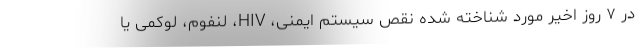
در ۷ روز اخیر مورد شناخته شده نقص سیستم ایمنی، HIV، لنفوم، لوکمی یا